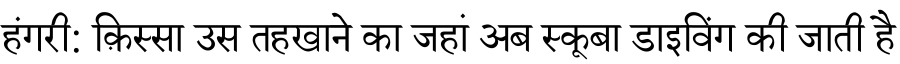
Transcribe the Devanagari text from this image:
हंगरी: क़िस्सा उस तहखाने का जहां अब स्कूबा डाइविंग की जाती है